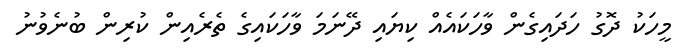
މީހަކު ދޮގު ހަދައިގެން ވާހަކައެއް ކިޔައި ދޭނަމަ ވާހަކައިގެ ތެރެއިން ކުރިން ބުނެވުނު